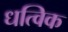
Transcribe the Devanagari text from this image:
धत्विक